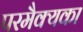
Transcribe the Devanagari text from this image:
परमैक्यका